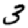
Digit: 3